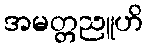
အမတ္တညူဟိ